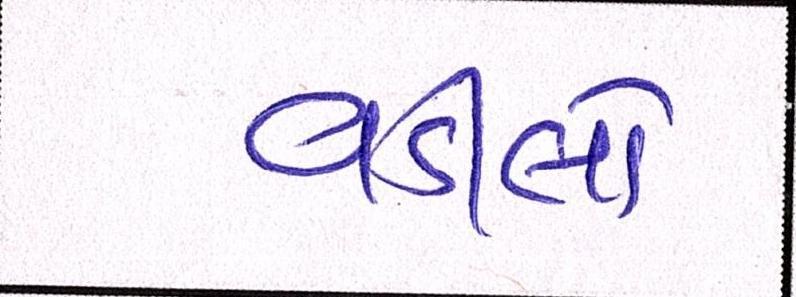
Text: વડીલો